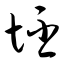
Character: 坯